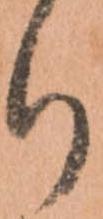
り